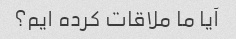
آیا ما ملاقات کرده ایم؟